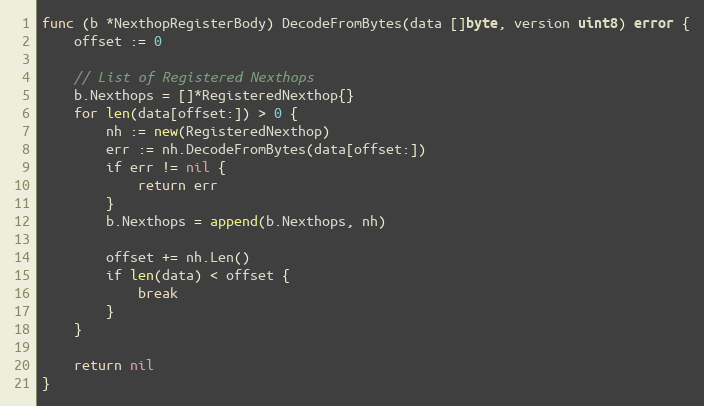
Language: Go
func (b *NexthopRegisterBody) DecodeFromBytes(data []byte, version uint8) error {
	offset := 0

	// List of Registered Nexthops
	b.Nexthops = []*RegisteredNexthop{}
	for len(data[offset:]) > 0 {
		nh := new(RegisteredNexthop)
		err := nh.DecodeFromBytes(data[offset:])
		if err != nil {
			return err
		}
		b.Nexthops = append(b.Nexthops, nh)

		offset += nh.Len()
		if len(data) < offset {
			break
		}
	}

	return nil
}